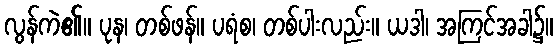
လွန်ကဲ၏။ ပုန၊ တစ်ဖန်။ ပရံစ၊ တစ်ပါးလည်း။ ယဒါ၊ အကြင်အခါ၌။